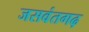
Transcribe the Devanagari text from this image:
जसवंतगढ़